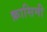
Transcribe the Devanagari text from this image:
क़ासिमी